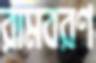
রামবরণ